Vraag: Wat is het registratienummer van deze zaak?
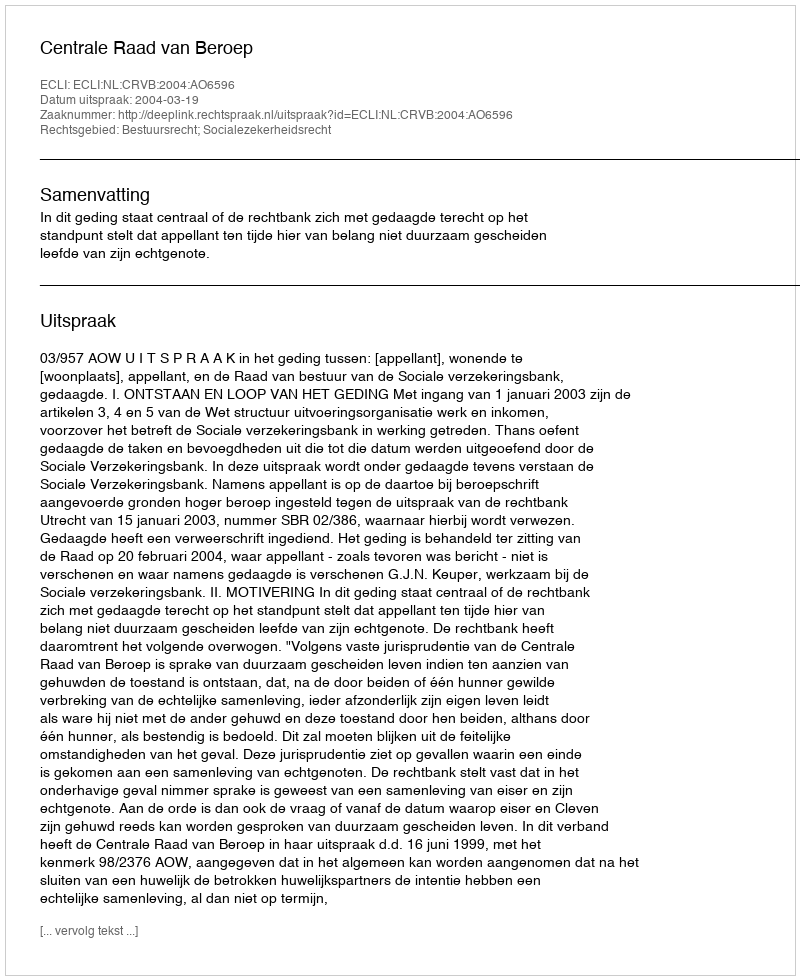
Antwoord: http://deeplink.rechtspraak.nl/uitspraak?id=ECLI:NL:CRVB:2004:AO6596